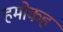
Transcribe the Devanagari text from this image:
हमोकह